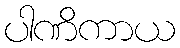
ပါဏိကာယ